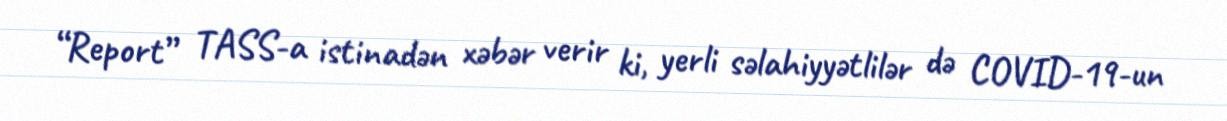
“Report” TASS-a istinadən xəbər verir ki, yerli səlahiyyətlilər də COVID-19-un